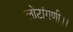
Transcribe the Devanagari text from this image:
लोटांगणी।।